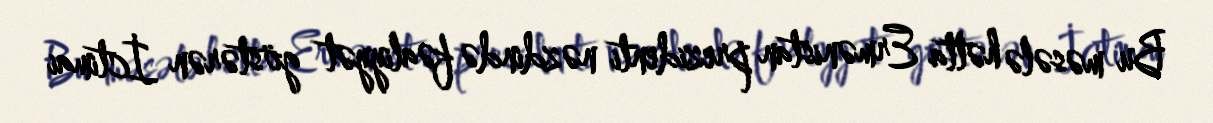
Bu məsələ hətta Ermənistan prezidenti nəzdində fəaliyyət göstərən İctimai